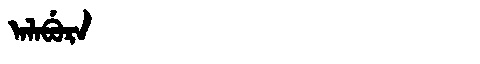
Manchu: ᠠᠯᠠᠪᡠᡵᠠ
Romanization: ALABURA